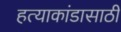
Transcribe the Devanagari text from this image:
हत्याकांडासाठी